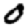
Digit: 0